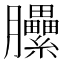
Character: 𰯬